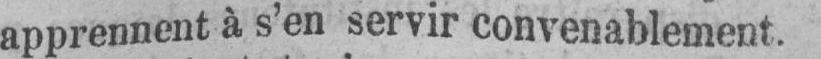
apprennent à s’en servir convenablement.